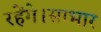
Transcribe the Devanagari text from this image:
रहेंगे।साभार